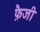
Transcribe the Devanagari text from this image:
फ़ैजी